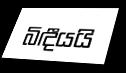
බිඳීයයි